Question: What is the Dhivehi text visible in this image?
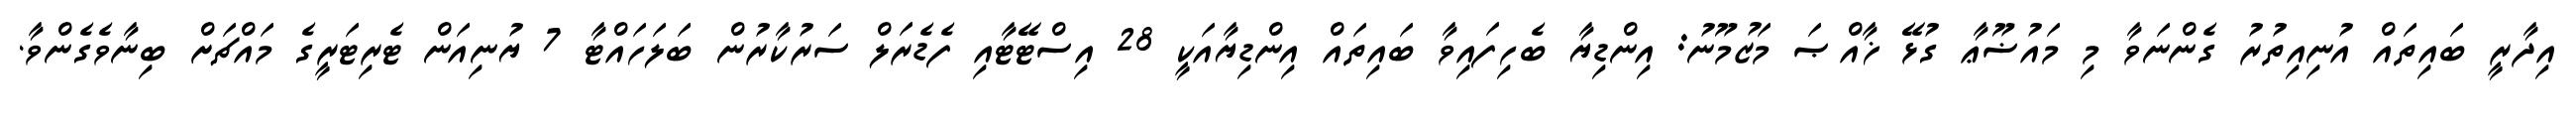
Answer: އިދާރީ ބައިތައް އުނިއިތުރު ގެންނަވާ މި މައުޟޫޢާ ގުޅޭ ޚާއްޞަ މަޒުމޫނު: އިންޑިޔާ ބެހިފައިވާ ބައިތައް އިންޑިޔާއަކީ 28 އިސްޓޭޓާއި ފެޑެރަލް ސަރުކާރުން ބަލަހައްޓާ 7 ޔުނިއަން ޓެރިޓަރީގެ މައްޗަށް ބިނާވެގެންވާ.